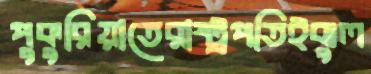
পুকুরিয়াতেরাষ্ট্রপতিইঝুল